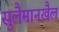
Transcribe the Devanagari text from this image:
सुलैमानखैल